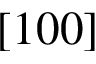
[ 1 0 0 ]